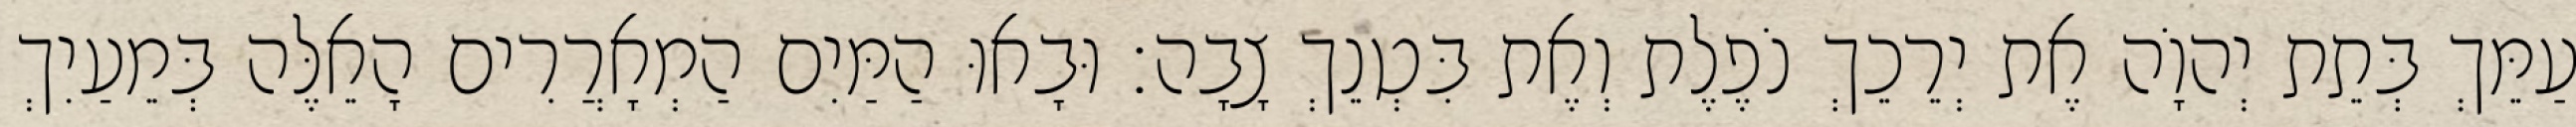
עַמֵּךְ בְּתֵת יְהוָֹה אֶת יְרֵכֵךְ נֹפֶלֶת וְאֶת בִּטְנֵךְ צָבָה׃ וּבָאוּ הַמַּיִם הַמְאָרֲרִים הָאֵלֶּה בְּמֵעַיִךְ